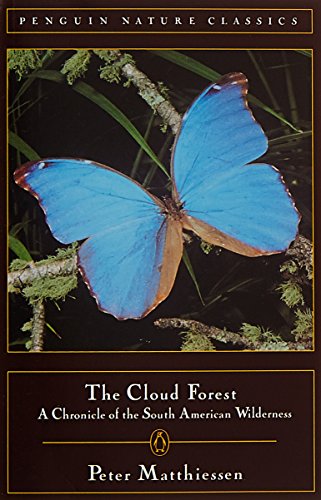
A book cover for Cloud Forest: A Chronicle of the South American Wilderness; Peter Matthiessen; Travel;